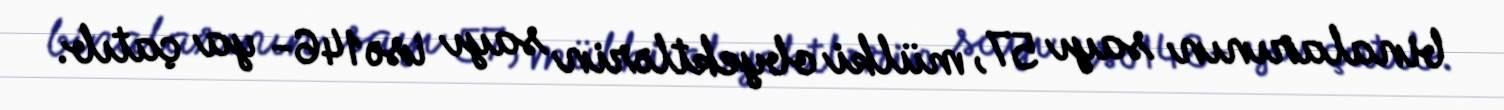
binalarının sayı 57, mülki obyektlərin sayı isə 146- ya çatıb.